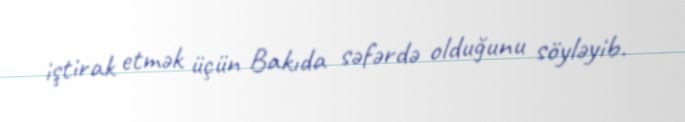
iştirak etmək üçün Bakıda səfərdə olduğunu söyləyib.